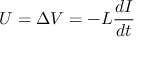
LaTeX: U = \Delta V = - L { \frac { d I } { d t } }